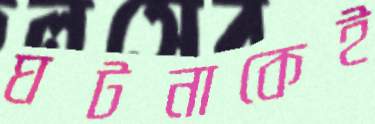
ঘটনাকেই